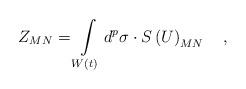
LaTeX: \begin{align*}Z_{MN}=\int\limits_{W\left( t\right) }d^p\sigma \cdot S\left(U\right) _{MN}\quad ,\end{align*}